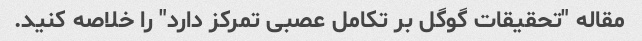
مقاله "تحقیقات گوگل بر تکامل عصبی تمرکز دارد" را خلاصه کنید.